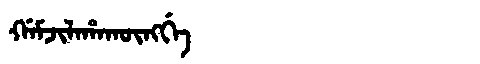
Manchu: ᡤᠠᠮᠵᡳᠯᠠᡥᠠᡴᡡᠩᡤᡝ
Romanization: GAMJILAHAKŪNGGE